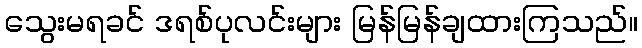
သွေးမရခင် ဒရစ်ပုလင်းများ မြန်မြန်ချထားကြသည်။